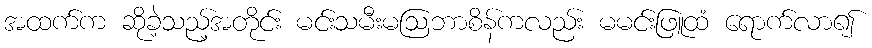
အထက်က ဆိုခဲ့သည့်အတိုင်း မင်းသမီးမဩဘာစိန်ကလည်း မမင်းဖြူထံ ရောက်လာ၍